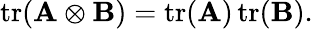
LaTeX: \operatorname{tr}(\mathbf{A}\otimes\mathbf{B})=\operatorname{tr}(\mathbf{A})\operatorname{tr}(\mathbf{B}).